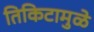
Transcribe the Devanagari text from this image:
तिकिटामुळे